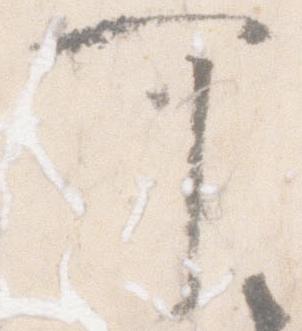
可